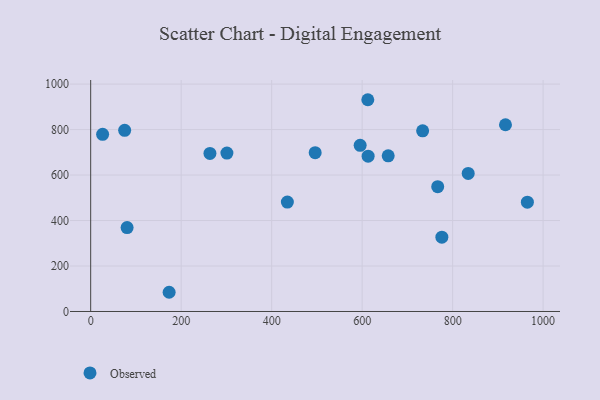
{"axis": {"x": "Engine Size", "y": "Exam Score"}, "legend": ["Observed"], "data": [{"x": "263.6", "y": 695.2, "type": "Observed"}, {"x": "776.2", "y": 327.0, "type": "Observed"}, {"x": "26.4", "y": 779.0, "type": "Observed"}, {"x": "434.7", "y": 481.0, "type": "Observed"}, {"x": "595.6", "y": 730.5, "type": "Observed"}, {"x": "80.5", "y": 368.8, "type": "Observed"}, {"x": "965.2", "y": 480.8, "type": "Observed"}, {"x": "657.6", "y": 684.6, "type": "Observed"}, {"x": "612.5", "y": 931.2, "type": "Observed"}, {"x": "733.7", "y": 794.3, "type": "Observed"}, {"x": "496.2", "y": 698.2, "type": "Observed"}, {"x": "173.4", "y": 84.5, "type": "Observed"}, {"x": "75.1", "y": 796.5, "type": "Observed"}, {"x": "916.8", "y": 821.1, "type": "Observed"}, {"x": "613.2", "y": 682.8, "type": "Observed"}, {"x": "767.0", "y": 548.8, "type": "Observed"}, {"x": "301.1", "y": 696.6, "type": "Observed"}, {"x": "834.4", "y": 607.2, "type": "Observed"}]}